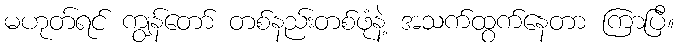
မဟုတ်ရင် ကျွန်တော် တစ်နည်းတစ်ဖုံနဲ့ အသက်ထွက်နေတာ ကြာပြီ။